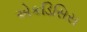
એકડિસિસ